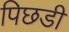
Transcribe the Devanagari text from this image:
पिछडी